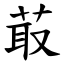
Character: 菆